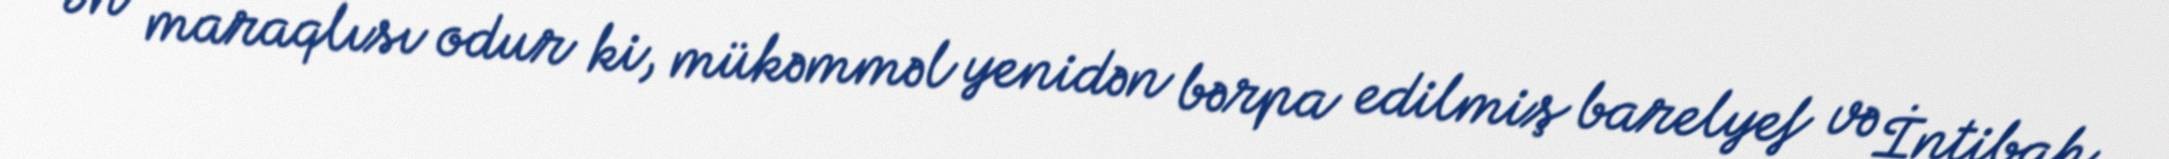
Ən maraqlısı odur ki, mükəmməl yenidən bərpa edilmiş barelyef və İntibah